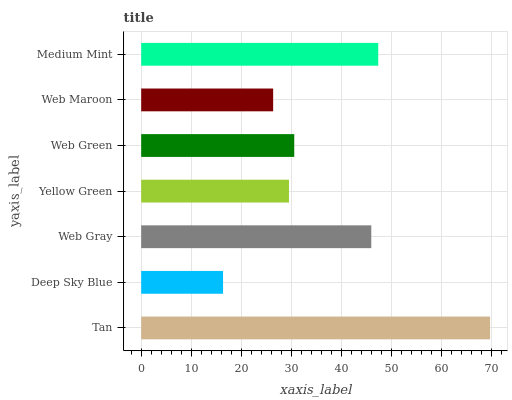
| yaxis_label | bars |
 | --- | --- |
 | Tan | 69.7 |
 | Deep Sky Blue | 16.4 |
 | Web Gray | 46 |
 | Yellow Green | 29.5 |
 | Web Green | 30.6 |
 | Web Maroon | 26.4 |
 | Medium Mint | 47.4 |